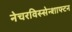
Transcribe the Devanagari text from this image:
नेचरविस्सेन्शाफ्टन